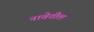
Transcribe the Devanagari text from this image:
नावेतील